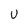
Character: U